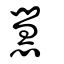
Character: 慧